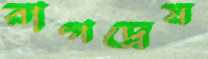
রাগদ্বেষ